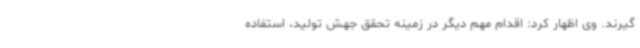
گیرند. وی اظهار کرد: اقدام مهم دیگر در زمینه تحقق جهش تولید، استفاده